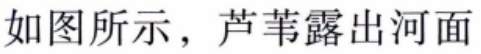
如图所示，芦苇露出河面